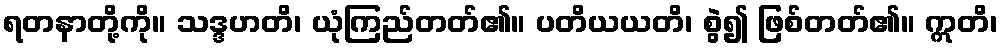
ရတနာတို့ကို။ သဒ္ဒဟတိ၊ ယုံကြည်တတ်၏။ ပတိယယတိ၊ စွဲ၍ ဖြစ်တတ်၏။ ဣတိ၊